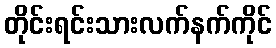
တိုင်းရင်းသားလက်နက်ကိုင်